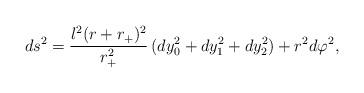
LaTeX: \begin{align*}ds^2 = \frac{l^2(r+r_+)^2}{r_+^2}\, (dy_0^2 + dy_1^2 +dy_2^2) + r^2d\varphi^2, \end{align*}